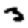
Digit: 3